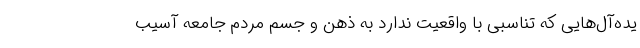
یده‌آل‌هایی که تناسبی با واقعیت ندارد به ذهن و جسم مردم جامعه آسیب